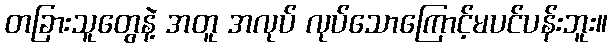
တခြားသူတွေနဲ့ အတူ အလုပ် လုပ်သောကြောင့်မပင်ပန်းဘူး။